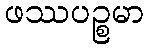
ဖဿပဉ္စမာ